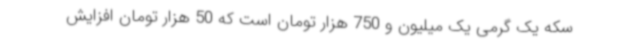
سکه یک گرمی یک میلیون و 750 هزار تومان است که 50 هزار تومان افزایش